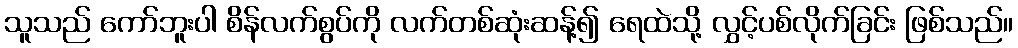
သူသည် ကော်ဘူးပါ စိန်လက်စွပ်ကို လက်တစ်ဆုံးဆန့်၍ ရေထဲသို့ လွှင့်ပစ်လိုက်ခြင်း ဖြစ်သည်။